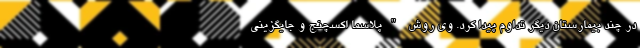
در چند بیمارستان دیگر تداوم پیدا کرد. وی روش "پلاسما اکسچنج و جایگزینی